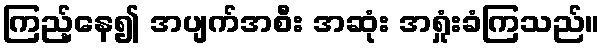
ကြည့်နေ၍ အပျက်အစီး အဆုံး အရှုံးခံကြသည်။